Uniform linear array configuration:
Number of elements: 24
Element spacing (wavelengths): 0.5
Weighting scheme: cosine
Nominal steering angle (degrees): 15
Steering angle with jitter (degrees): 16.777
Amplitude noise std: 0.05
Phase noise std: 0.05

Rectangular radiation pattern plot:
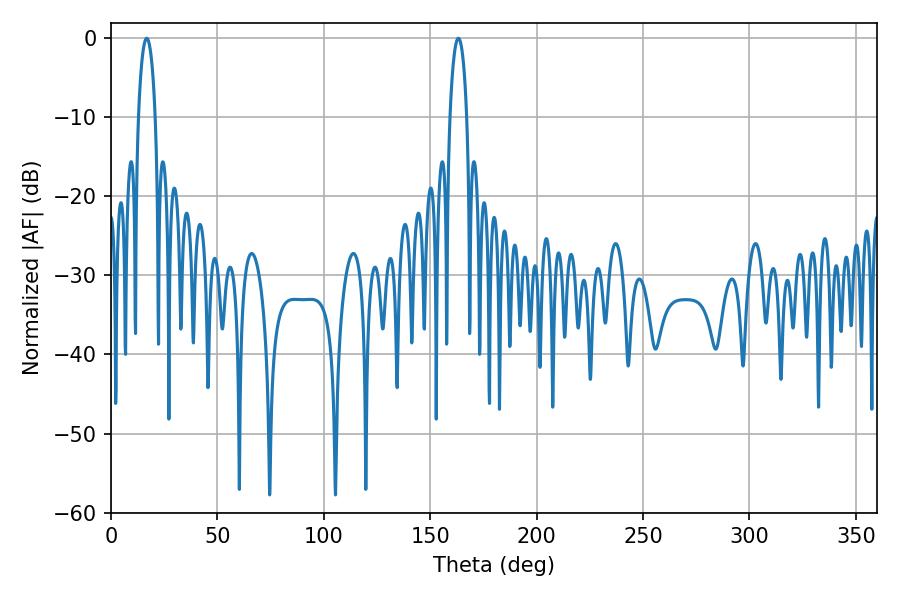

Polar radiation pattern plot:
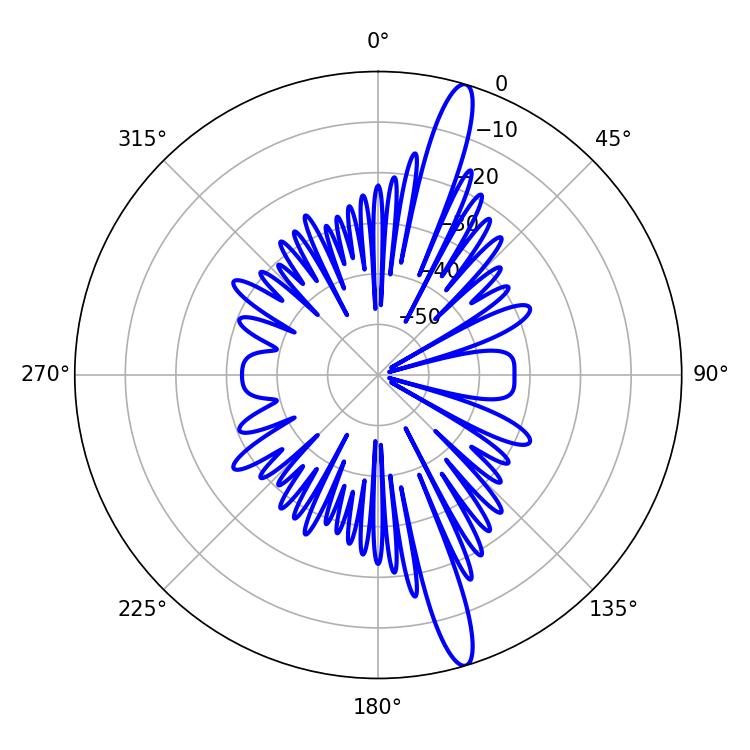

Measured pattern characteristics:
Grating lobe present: FALSE
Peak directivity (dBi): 15.996
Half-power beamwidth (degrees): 4.5
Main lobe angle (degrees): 16.74